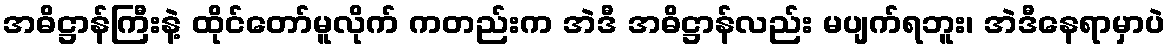
အဓိဋ္ဌာန်ကြီးနဲ့ ထိုင်တော်မူလိုက် ကတည်းက အဲဒီ အဓိဋ္ဌာန်လည်း မပျက်ရဘူး၊ အဲဒီနေရာမှာပဲ